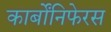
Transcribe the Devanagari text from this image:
कार्बोंनिफेरस